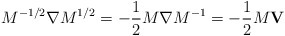
\begin{align*}M^{-1/2} {\bf \nabla} M^{1/2} = -{1\over 2} M {\bf \nabla} M^{-1} = -{1\over 2}M {\bf V}\end{align*}